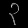
Digit: ၃